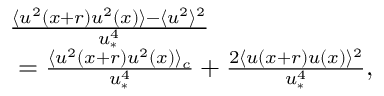
\begin{array} { r l } & { \frac { \langle u ^ { 2 } ( x + r ) u ^ { 2 } ( x ) \rangle - \langle u ^ { 2 } \rangle ^ { 2 } } { u _ { \ast } ^ { 4 } } } \\ & { \ = \frac { \langle u ^ { 2 } ( x + r ) u ^ { 2 } ( x ) \rangle _ { c } } { u _ { \ast } ^ { 4 } } + \frac { 2 \langle u ( x + r ) u ( x ) \rangle ^ { 2 } } { u _ { \ast } ^ { 4 } } , } \end{array}